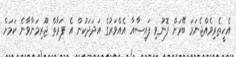
އެހީތެރިވެއްޖެނަމަ ބޭރަށް ފޮނުވި ފައިސާއާ އެއްވަރުގެ އަދަދަކުން އެ ފަރާތް ޖޫރިމަނާވާނެ ކަމަށް